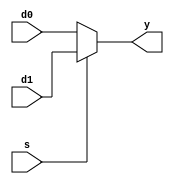
// This program was cloned from: https://github.com/splinedrive/RISCV-KianV-BareMetalStyle
// License: Apache License 2.0

/*
 *  kianv harris multicycle RISC-V rv32im
 *
 *  copyright (c) 2022 hirosh dabui <hirosh@dabui.de>
 *
 *  permission to use, copy, modify, and/or distribute this software for any
 *  purpose with or without fee is hereby granted, provided that the above
 *  copyright notice and this permission notice appear in all copies.
 *
 *  the software is provided "as is" and the author disclaims all warranties
 *  with regard to this software including all implied warranties of
 *  merchantability and fitness. in no event shall the author be liable for
 *  any special, direct, indirect, or consequential damages or any damages
 *  whatsoever resulting from loss of use, data or profits, whether in an
 *  action of contract, negligence or other tortious action, arising out of
 *  or in connection with the use or performance of this software.
 *
 */
`default_nettype none
/* verilator lint_off MULTITOP */

module mux2 #(
    parameter WIDTH = 32
) (
    input  wire [WIDTH -1:0] d0,
    d1,
    input  wire              s,
    output wire [WIDTH -1:0] y
);

  assign y = s ? d1 : d0;
endmodule

module mux3 #(
    parameter WIDTH = 32
) (
    input  wire [WIDTH -1:0] d0,
    d1,
    d2,
    input  wire [       1:0] s,
    output wire [WIDTH -1:0] y
);

  assign y = s[1] ? d2 : (s[0] ? d1 : d0);
endmodule

module mux4 #(
    parameter WIDTH = 32
) (
    input  wire [WIDTH -1:0] d0,
    d1,
    d2,
    d3,
    input  wire [       1:0] s,
    output wire [WIDTH -1:0] y
);

  wire [WIDTH -1:0] low, high;

  mux2 lowmux (
      d0,
      d1,
      s[0],
      low
  );
  mux2 highmux (
      d2,
      d3,
      s[0],
      high
  );
  mux2 finalmux (
      low,
      high,
      s[1],
      y
  );
endmodule

module mux5 #(
    parameter WIDTH = 32
) (
    input  wire [WIDTH -1:0] d0,
    d1,
    d2,
    d3,
    d4,
    input  wire [       2:0] s,
    output wire [WIDTH -1:0] y

);

  assign y = (s == 0) ? d0 : (s == 1) ? d1 : (s == 2) ? d2 : (s == 3) ? d3 : d4;

endmodule

module latch #(
    parameter WIDTH = 32
) (
    input wire clk,
    input wire [WIDTH -1:0] d,
    output reg [WIDTH -1:0] q
);
  always @(posedge clk) q <= d;
endmodule

module dflop_rsync #(
    parameter WIDTH  = 32,
    parameter PRESET = 0
) (
    input wire resetn,
    input wire clk,
    input wire en,
    input wire [WIDTH -1:0] d,
    output reg [WIDTH -1:0] q
);
  always @(posedge clk)
    if (!resetn) q <= PRESET;
    else if (en) q <= d;

endmodule
module counter #(
    parameter WIDTH = 32
) (
    input wire resetn,
    input wire clk,
    input wire inc,
    output reg [WIDTH -1:0] q
);
  always @(posedge clk)
    if (!resetn) q <= 0;
    else if (inc) q <= q + 1;

endmodule
/* verilator lint_on MULTITOP */